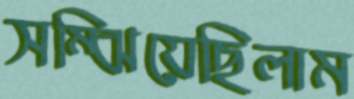
সম্‌ঝিয়েছিলাম